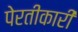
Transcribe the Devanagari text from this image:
पेरतीकारी